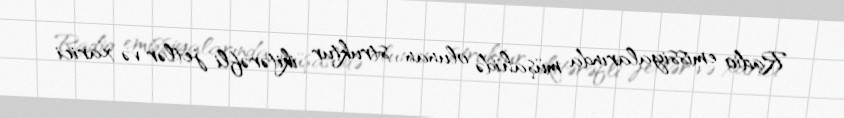
Radio emissiyalarında müşahidə olunan struktur ikitərəfli jetlər və xarici